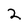
Character: 2